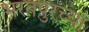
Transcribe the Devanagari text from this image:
भरतपुरच्या